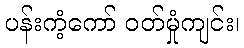
ပန်းကံ့ကော် ဝတ်မှုံကျင်း၊